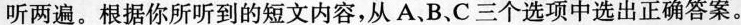
听两遍。根据你所听到的短文内容,从 A、B、C三个选项中选出正确答案。